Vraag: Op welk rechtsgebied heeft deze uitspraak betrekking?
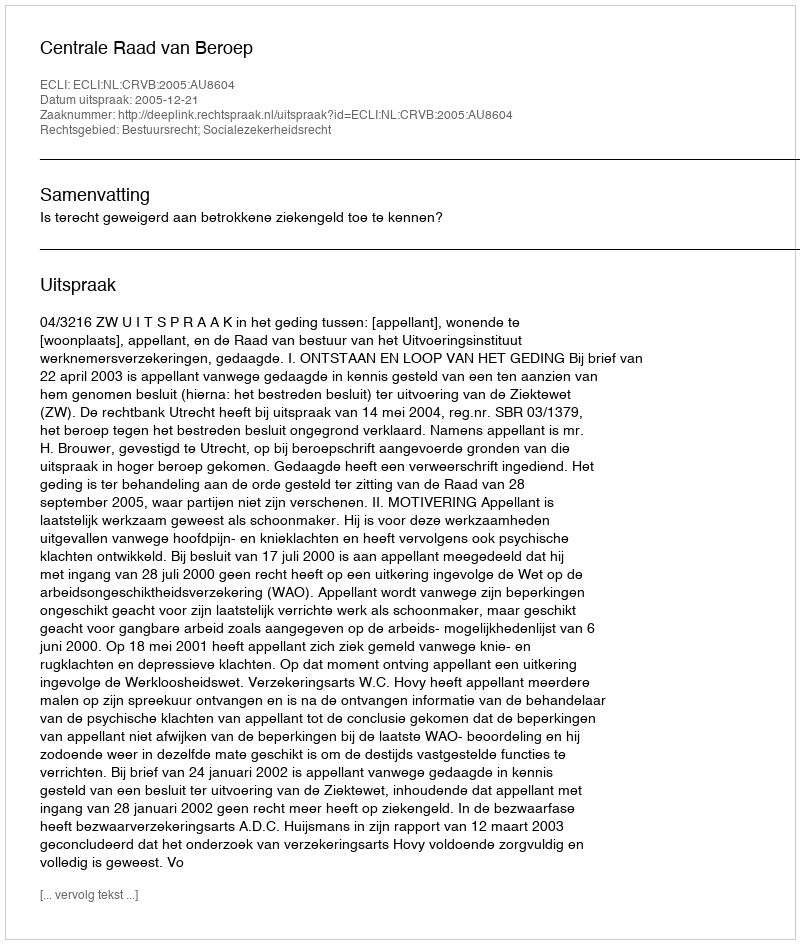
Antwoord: Bestuursrecht; Socialezekerheidsrecht